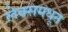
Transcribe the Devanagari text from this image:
लेक्समधून